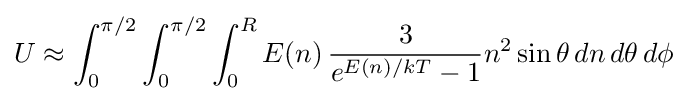
U\approx \int _{0}^{\pi /2}\int _{0}^{\pi /2}\int _{0}^{R}E(n)\,{3 \over e^{E(n)/kT}-1}n^{2}\sin \theta \,dn\,d\theta \,d\phi